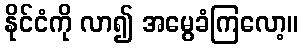
နိုင်ငံကို လာ၍ အမွေခံကြလော့။